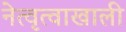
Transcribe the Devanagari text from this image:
नेत्वृत्वाखाली